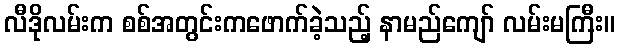
လီဒိုလမ်းက စစ်အတွင်းကဖောက်ခဲ့သည့် နာမည်ကျော် လမ်းမကြီး။